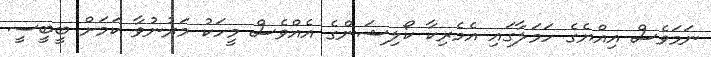
ނަމަވެސް އިއްޔެގެ ހަމަލާގައި އެމެރިކާ ކޯލިޝަންގެ އެއްވެސް މީހަކު މަރުނުވާ ކަމަށް ބީބީސީ